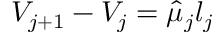
V _ { j + 1 } - V _ { j } = \hat { \mu } _ { j } l _ { j }